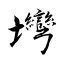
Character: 壪